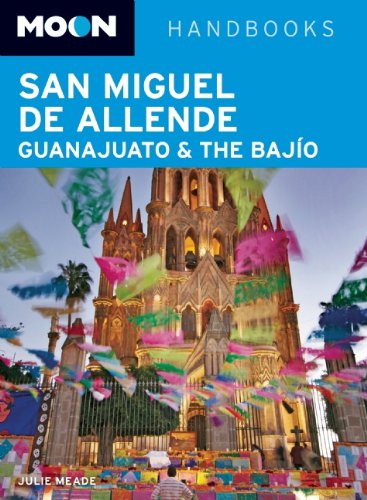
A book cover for Moon San Miguel de Allende, Guanajuato and the BajÃ­o (Moon Handbooks); Julie Meade; Travel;